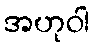
အဟုဝါ